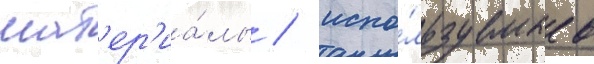
мат'ер'иа́лы / испо́льзуемые в